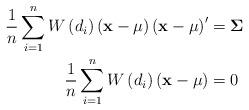
LaTeX: \begin{align*}\frac{1}{n}\sum_{i=1}^{n}W\left( d_{i}\right) \left( \mathbf{x-\mu}\right)\left( \mathbf{x-\mu}\right) ^{\prime} & =\mathbf{\Sigma~\ \ }\\\frac{1}{n}\sum_{i=1}^{n}W\left( d_{i}\right) \left( \mathbf{x-\mu}\right)& =0 \end{align*}